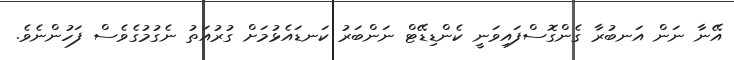
އޭނާ ނަން އަނބުރާ ގެންގޮސްފައިވަނީ ކެންޑިޑޭޓް ނަންބަރު ކަނޑައެޅުމަށް ގުރުއަތު ނެގުމުގެވެސް ފަހުންނެވެ.